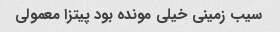
سیب زمینی خیلی مونده بود پیتزا معمولی